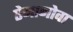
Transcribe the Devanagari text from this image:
ऐनानोवा